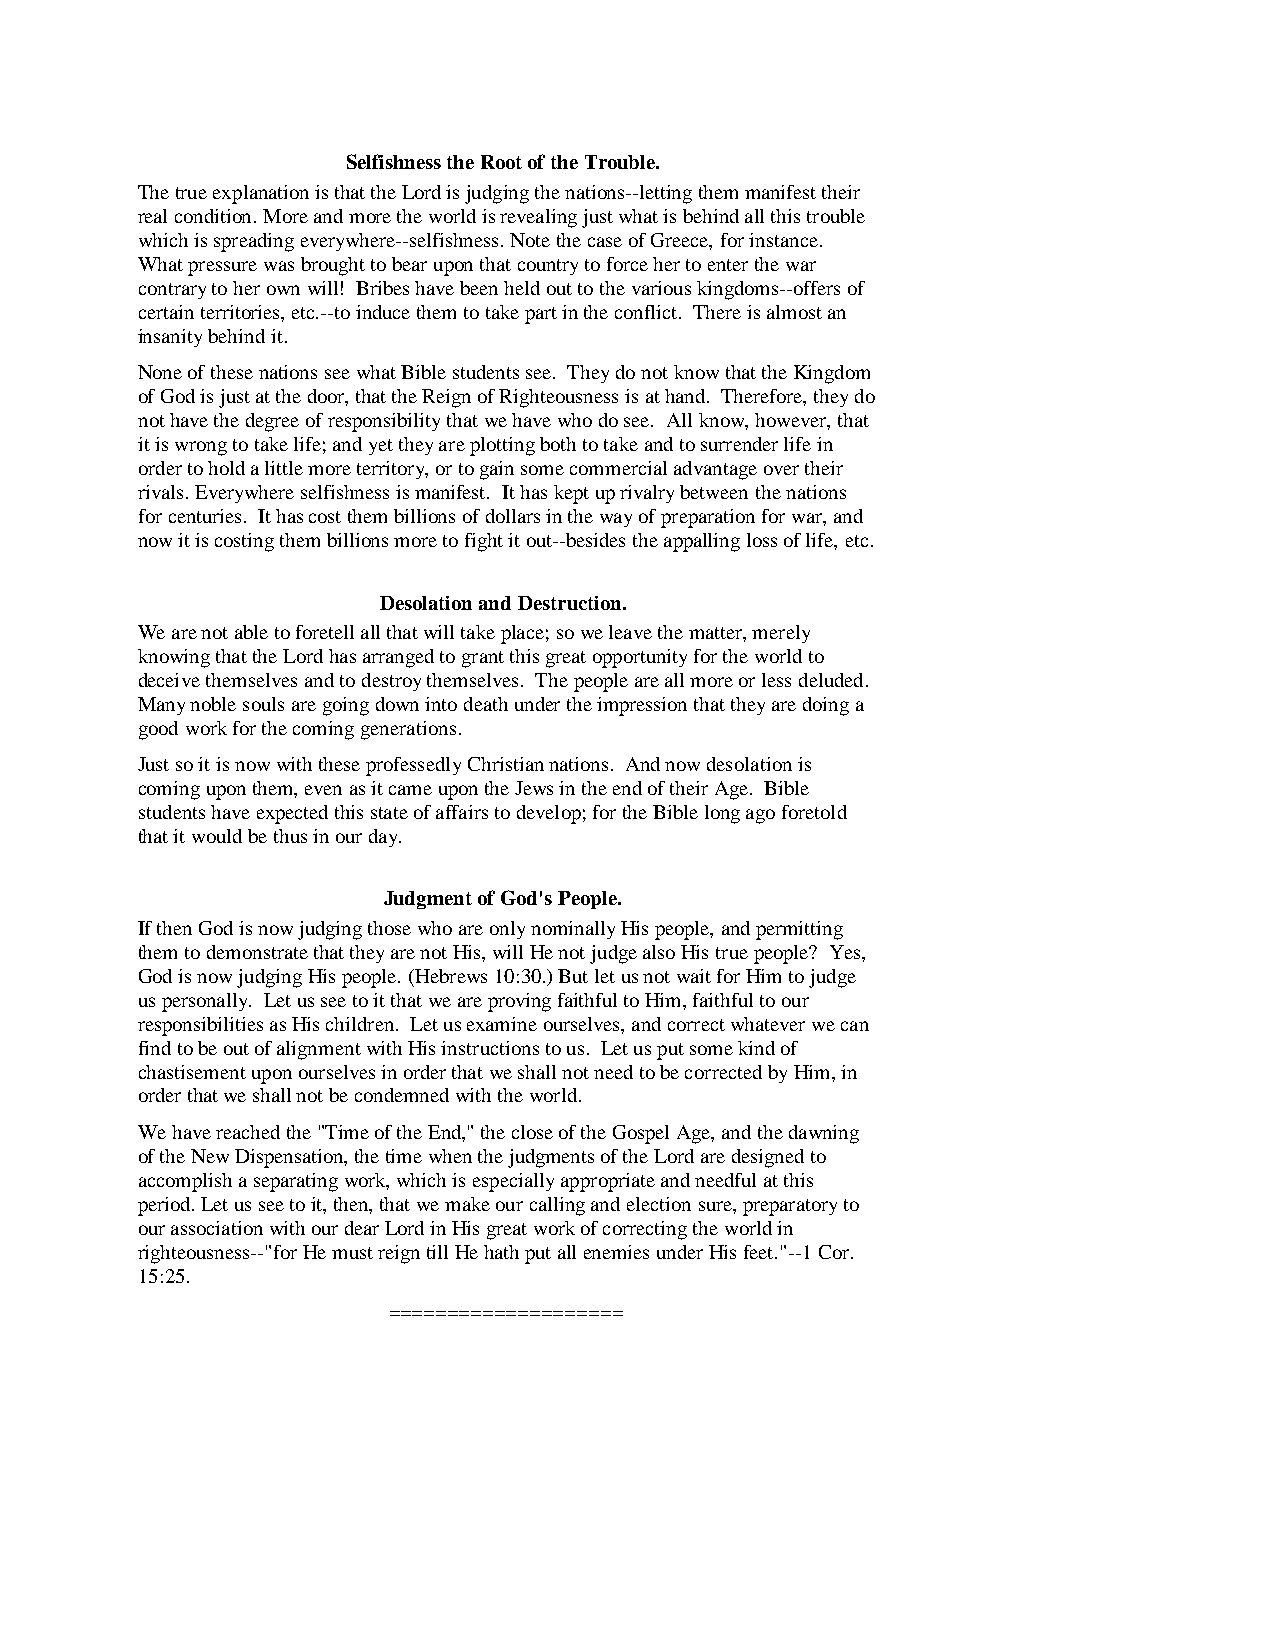
Selfishness the Root of the Trouble.
 The true explanation is that the Lord is judging the nations--letting them manifest their
 real condition. More and more the world is revealing just what is behind all this trouble
 which is spreading everywhere--selfishness. Note the case of Greece, for instance.
 What pressure was brought to bear upon that country to force her to enter the war
 contrary to her own will! Bribes have been held out to the various kingdoms--offers of
 certain territories, etc.--to induce them to take part in the conflict. There is almost an
 insanity behind it.
 None of these nations see what Bible students see. They do not know that the Kingdom
 of God is just at the door, that the Reign of Righteousness is at hand. Therefore, they do
 not have the degree of responsibility that we have who do see. All know, however, that
 it is wrong to take life; and yet they are plotting both to take and to surrender life in
 order to hold a little more territory, or to gain some commercial advantage over their
 rivals. Everywhere selfishness is manifest. It has kept up rivalry between the nations
 for centuries. It has cost them billions of dollars in the way of preparation for war, and
 now it is costing them billions more to fight it out--besides the appalling loss of life, etc.
 Desolation and Destruction.
 We are not able to foretell all that will take place; so we leave the matter, merely
 knowing that the Lord has arranged to grant this great opportunity for the world to
 deceive themselves and to destroy themselves. The people are all more or less deluded.
 Many noble souls are going down into death under the impression that they are doing a
 good work for the coming generations.
 Just so it is now with these professedly Christian nations. And now desolation is
 coming upon them, even as it came upon the Jews in the end of their Age. Bible
 students have expected this state of affairs to develop; for the Bible long ago foretold
 that it would be thus in our day.
 Judgment of God's People.
 If then God is now judging those who are only nominally His people, and permitting
 them to demonstrate that they are not His, will He not judge also His true people? Yes,
 God is now judging His people. (Hebrews 10:30.) But let us not wait for Him to judge
 us personally. Let us see to it that we are proving faithful to Him, faithful to our
 responsibilities as His children. Let us examine ourselves, and correct whatever we can
 find to be out of alignment with His instructions to us. Let us put some kind of
 chastisement upon ourselves in order that we shall not need to be corrected by Him, in
 order that we shall not be condemned with the world.
 We have reached the "Time of the End," the close of the Gospel Age, and the dawning
 of the New Dispensation, the time when the judgments of the Lord are designed to
 accomplish a separating work, which is especially appropriate and needful at this
 period. Let us see to it, then, that we make our calling and election sure, preparatory to
 our association with our dear Lord in His great work of correcting the world in
 righteousness--"for He must reign till He hath put all enemies under His feet."--1 Cor.
 15:25.
 ====================